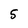
Character: 5